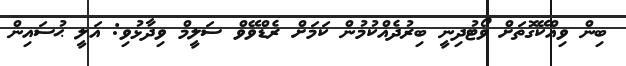
ބިން ވިއްކޭގޮތަށް ވޯޓުދިނީ ބިރުދެއްކުމުން ކަމަށް ރެޑްވޭވް ސަލީމް ވިދާޅުވި: އަލީ ޙުސައިން